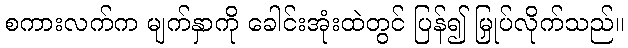
စကားလက်က မျက်နှာကို ခေါင်းအုံးထဲတွင် ပြန်၍ မြှုပ်လိုက်သည်။